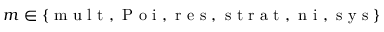
m \in \{ \mathrm { ~ m ~ u ~ l ~ t ~ , ~ P ~ o ~ i ~ , ~ r ~ e ~ s ~ , ~ s ~ t ~ r ~ a ~ t ~ , ~ n ~ i ~ , ~ s ~ y ~ s ~ } \}